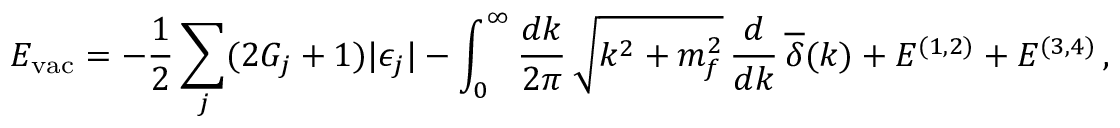
E _ { \mathrm { v a c } } = - \frac { 1 } { 2 } \sum _ { j } ( 2 G _ { j } + 1 ) | \epsilon _ { j } | - \int _ { 0 } ^ { \infty } \frac { d k } { 2 \pi } \, \sqrt { k ^ { 2 } + m _ { f } ^ { 2 } } \, \frac { d } { d k } \, \overline { { { \delta } } } ( k ) + E ^ { ( 1 , 2 ) } + E ^ { ( 3 , 4 ) } \, ,